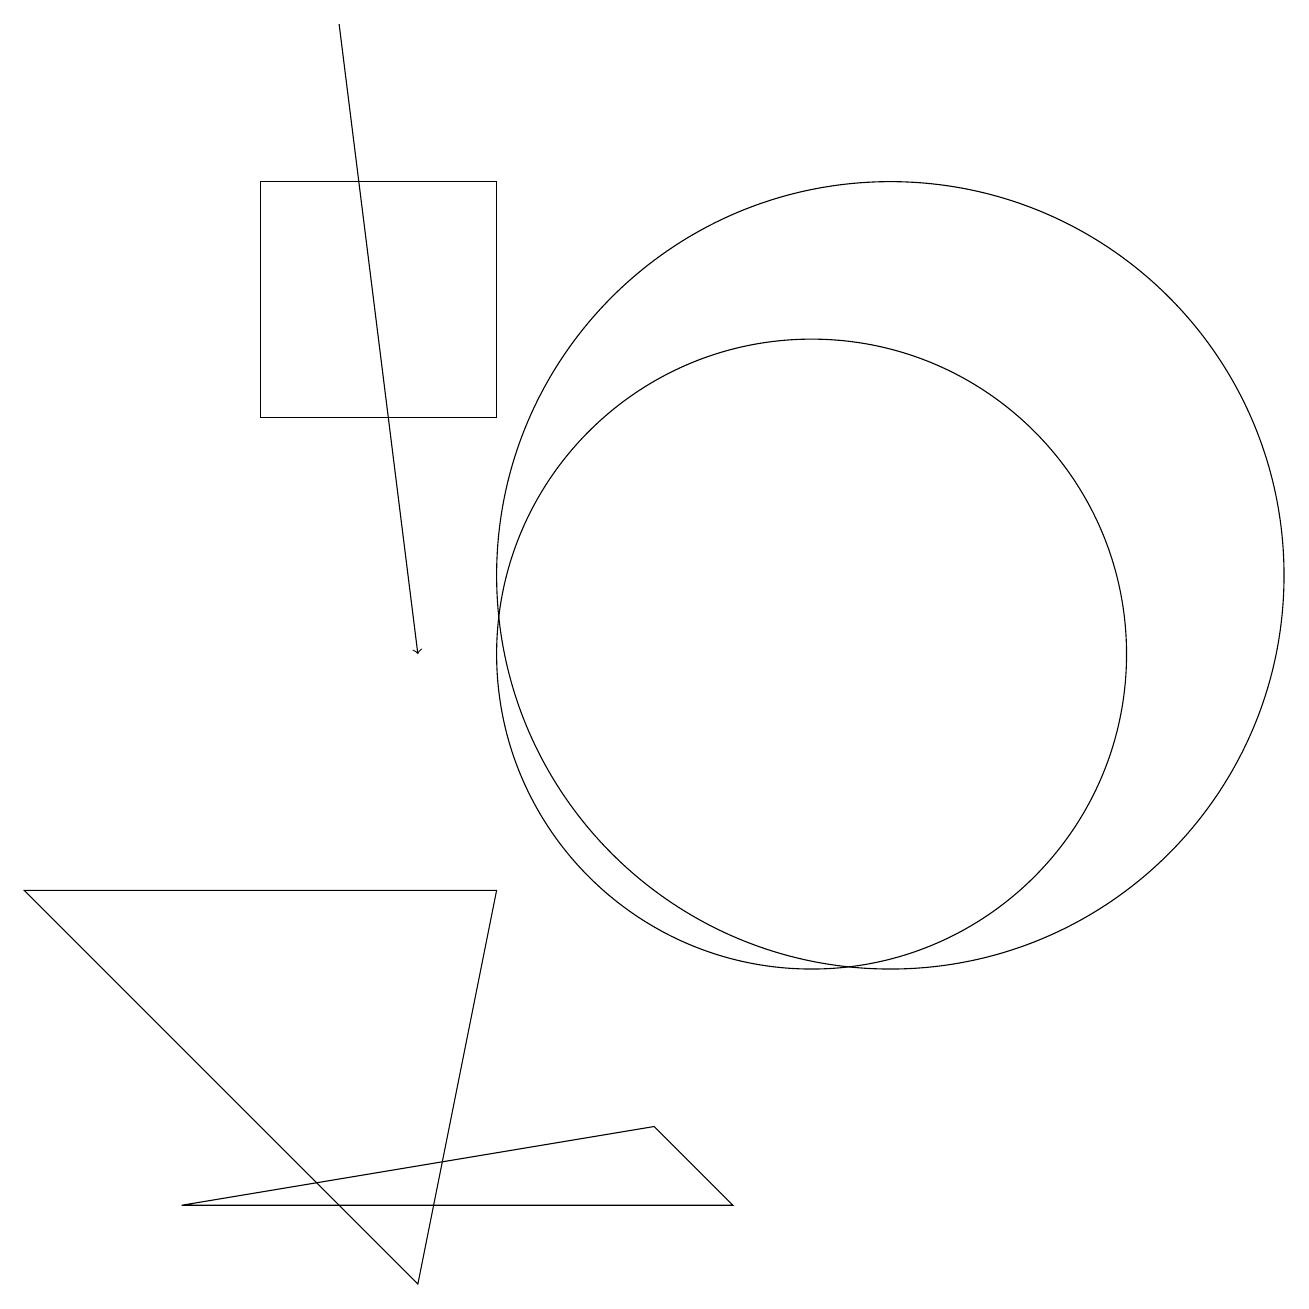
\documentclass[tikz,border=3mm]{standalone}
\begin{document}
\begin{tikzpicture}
\draw (10,11) circle (4);
\draw (6,8) -- (0,8) -- (5,3) -- cycle;
\draw[->] (4,19) -- (5,11);
\draw (9,4) -- (8,5) -- (2,4) -- cycle;
\draw (11,12) circle (5);
\draw (3,14) rectangle (6,17);
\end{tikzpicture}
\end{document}